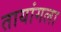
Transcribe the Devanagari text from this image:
तायांगला